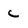
Character: c